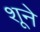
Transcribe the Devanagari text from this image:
शूने